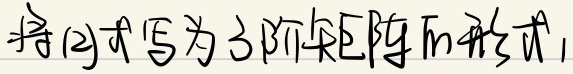
将(2)式写为3阶矩阵的形式，